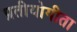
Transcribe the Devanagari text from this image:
प्रतीयोगीता